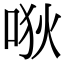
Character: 唙